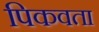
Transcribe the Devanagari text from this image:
पिकवता